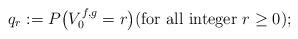
LaTeX: \begin{align*} q_r:=P \bigl(V_0^{f,g}=r \bigr)(\mbox{for all integer}\ r\geq0);\end{align*}